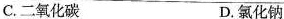
C.二氧化碳 D.氯化钠